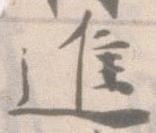
進